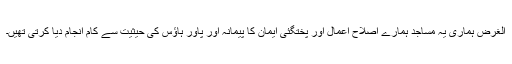
الغرض ہماری یہ مساجد ہمارے اصلاح اعمال اور پختگئی ایمان کا پیمانہ اور پاور ہاؤس کی حیثیت سے کام انجام دیا کرتی تھیں۔